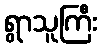
ရွာသူကြီး